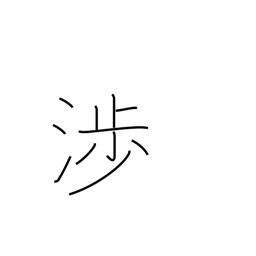
Meaning: go cross